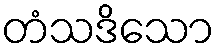
တံသဒိသော